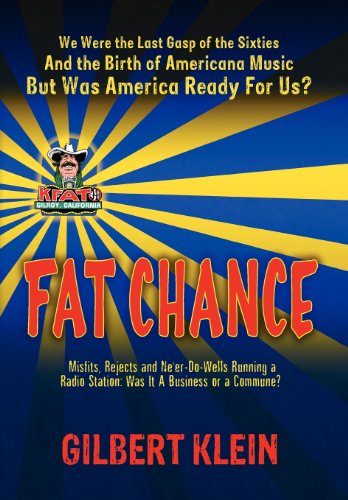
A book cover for Fat Chance: We Were the Last Gasp of the 60s and the Birth of Americana Music, But Was America Ready for Us?; Gilbert Klein; Humor & Entertainment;